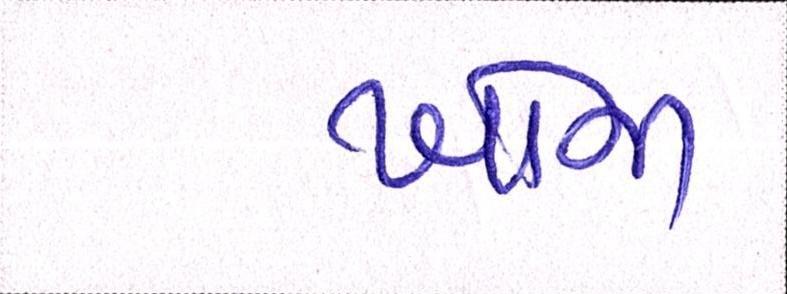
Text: ખોજા